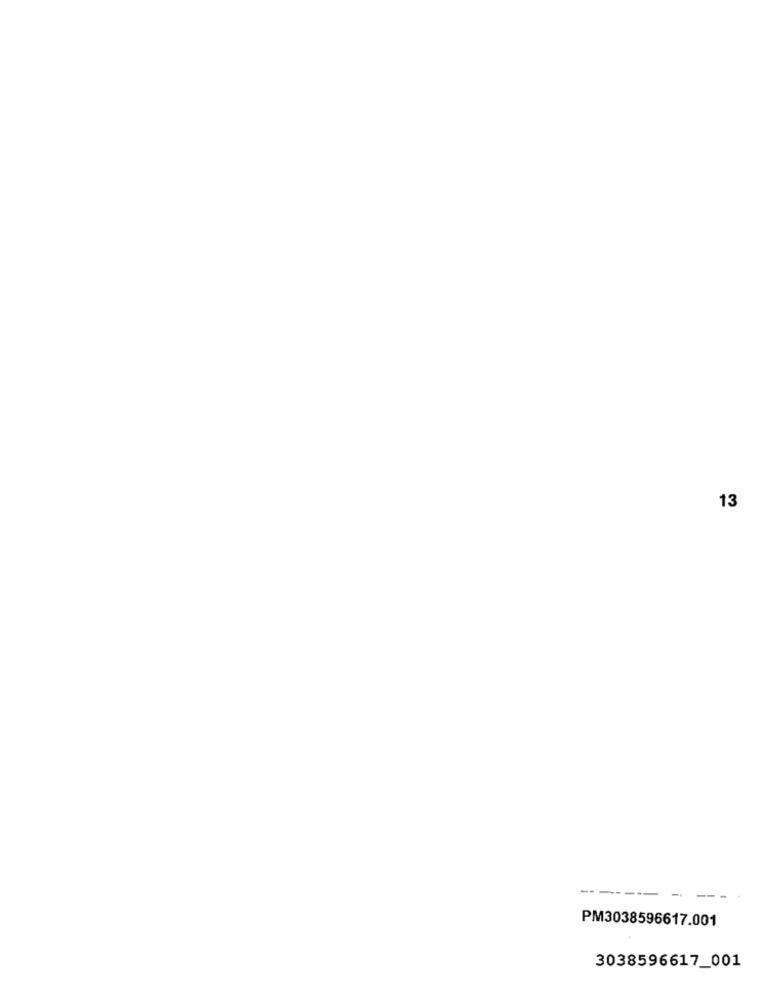
13
----
PM3038596617.001
3038596617_001